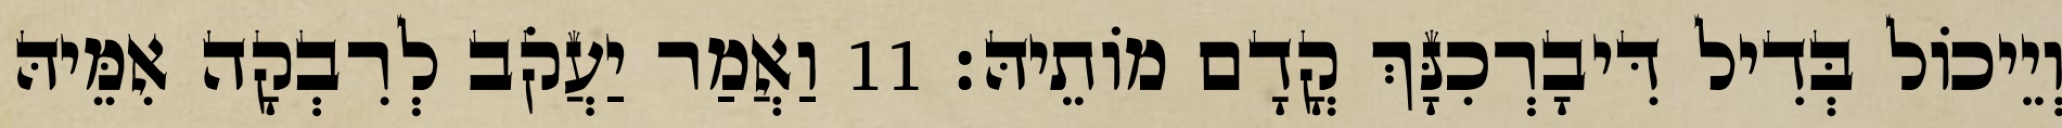
וְיֵיכוֹל בְּדִיל דִּיבָרְכִנָּךְ קֳדָם מוֹתֵיהּ׃ 11 וַאֲמַר יַעֲקֹב לְרִבְקָה אִמֵּיהּ